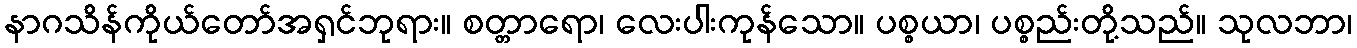
နာဂသိန်ကိုယ်တော်အရှင်ဘုရား။ စတ္တာရော၊ လေးပါးကုန်သော။ ပစ္စယာ၊ ပစ္စည်းတို့သည်။ သုလဘာ၊